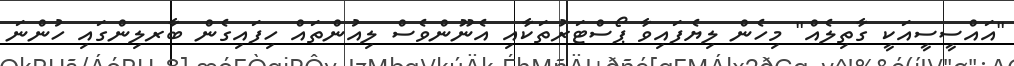
"އައްސީސީއަކީ ގާތިލެއް" މިހެން ލިޔެފައިވާ ޕޯސްޓަރުތަކާއި އެނޫންވެސް ލިއުންތައް ހިފައިގެން ބާރލިންގައި ހުންނަ